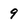
Character: 9